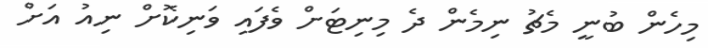
މިހެން ބުނީ މެޗު ނިމެން ދެ މިނިޓަށް ވެފައި ވަނިކޮށް ނިއު އަށް